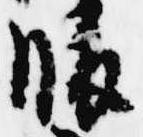
腹